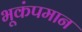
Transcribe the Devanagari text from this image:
भूकंपमान